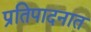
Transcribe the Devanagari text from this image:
प्रतिपादनात